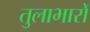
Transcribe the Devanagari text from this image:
तुलाभारों